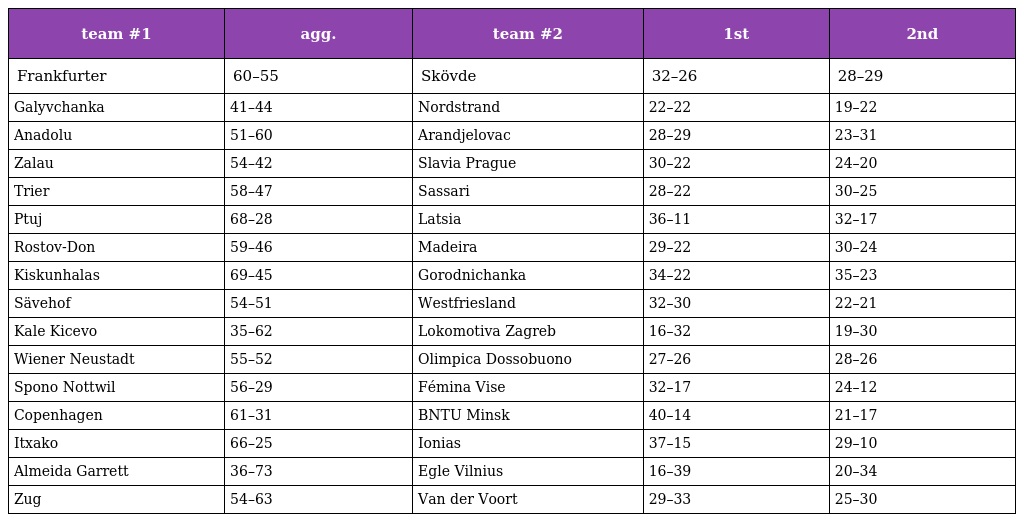
| team #1 | agg. | team #2 | 1st | 2nd |
 | --- | --- | --- | --- | --- |
 | Frankfurter | 60–55 | Skövde | 32–26 | 28–29 |
 | Galyvchanka | 41–44 | Nordstrand | 22–22 | 19–22 |
 | Anadolu | 51–60 | Arandjelovac | 28–29 | 23–31 |
 | Zalau | 54–42 | Slavia Prague | 30–22 | 24–20 |
 | Trier | 58–47 | Sassari | 28–22 | 30–25 |
 | Ptuj | 68–28 | Latsia | 36–11 | 32–17 |
 | Rostov-Don | 59–46 | Madeira | 29–22 | 30–24 |
 | Kiskunhalas | 69–45 | Gorodnichanka | 34–22 | 35–23 |
 | Sävehof | 54–51 | Westfriesland | 32–30 | 22–21 |
 | Kale Kicevo | 35–62 | Lokomotiva Zagreb | 16–32 | 19–30 |
 | Wiener Neustadt | 55–52 | Olimpica Dossobuono | 27–26 | 28–26 |
 | Spono Nottwil | 56–29 | Fémina Vise | 32–17 | 24–12 |
 | Copenhagen | 61–31 | BNTU Minsk | 40–14 | 21–17 |
 | Itxako | 66–25 | Ionias | 37–15 | 29–10 |
 | Almeida Garrett | 36–73 | Egle Vilnius | 16–39 | 20–34 |
 | Zug | 54–63 | Van der Voort | 29–33 | 25–30 |